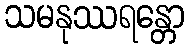
သမနုဿရန္တော